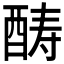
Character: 𲆭